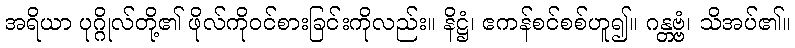
အရိယာ ပုဂ္ဂိုလ်တို့၏ ဖိုလ်ကိုဝင်စားခြင်းကိုလည်း။ နိဋ္ဌံ၊ ဧကန်စင်စစ်ဟူ၍။ ဂန္တဗ္ဗံ၊ သိအပ်၏။